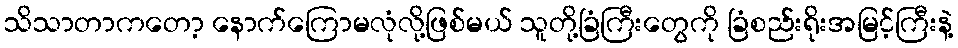
သိသာတာကတော့ နောက်ကြောမလုံလို့ဖြစ်မယ် သူတို့ခြံကြီးတွေကို ခြံစည်းရိုးအမြင့်ကြီးနဲ့